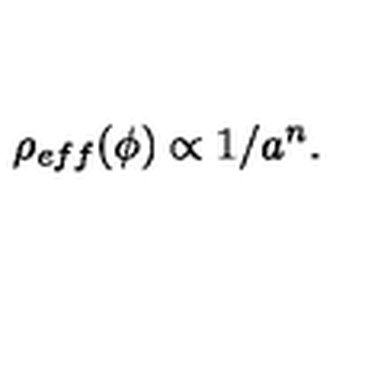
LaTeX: \rho _ { e f f } ( \phi ) \propto 1 / a ^ { n } .